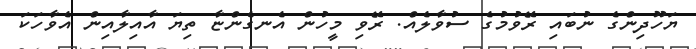
ޔަހޫދިންގެ ނުބައި ރޭވުމުގެ ސުވާލެއް. ރޭވި މީހުން އެނގެންޏާ ތިޔަ އާއިލާއިން އެވާހަކަ